Document type: Sale
Year: 1423
Scribe: Joan Franc
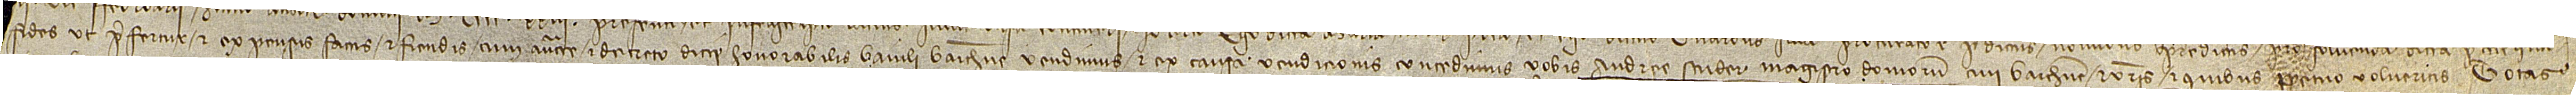
fides, ut prefertur, et expensis factis et fiendis, cum auctoritate et decreto dicti honorabilis baiuli Barchinone, vendimus et ex causa vendicionis concedimus vobis Andree Scuder, magistro domorum,  civi Barchione, et vestris et quibus perpetuo volueritis totas